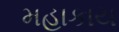
મહાકાય